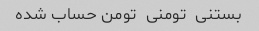
بستنی  تومنی  تومن حساب شده